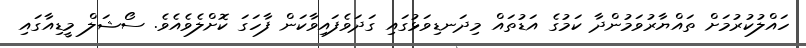
ހައްލުކުރުމަށް ތައްޔާރުވަމުންދާ ކަމުގެ އަޑުތައް މިދަނޑިވަޅުގައި ގަދަވެފައިވާކަން ފާހަގަ ކޮށްލެވެއެވެ. ސޯޝަލް މީޑިއާގައި